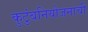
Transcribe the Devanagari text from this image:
कुटुंबनियोजनाची